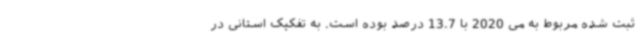
ثبت شده مربوط به می 2020 با 13.7 درصد بوده است. به تفکیک استانی در